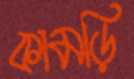
কামড়ি